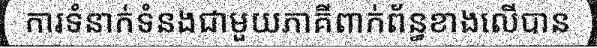
ការទំនាក់ទំនងជាមួយភាគីពាក់ព័ន្ធខាងលើបាន